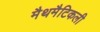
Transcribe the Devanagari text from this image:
मैथमैटिकली